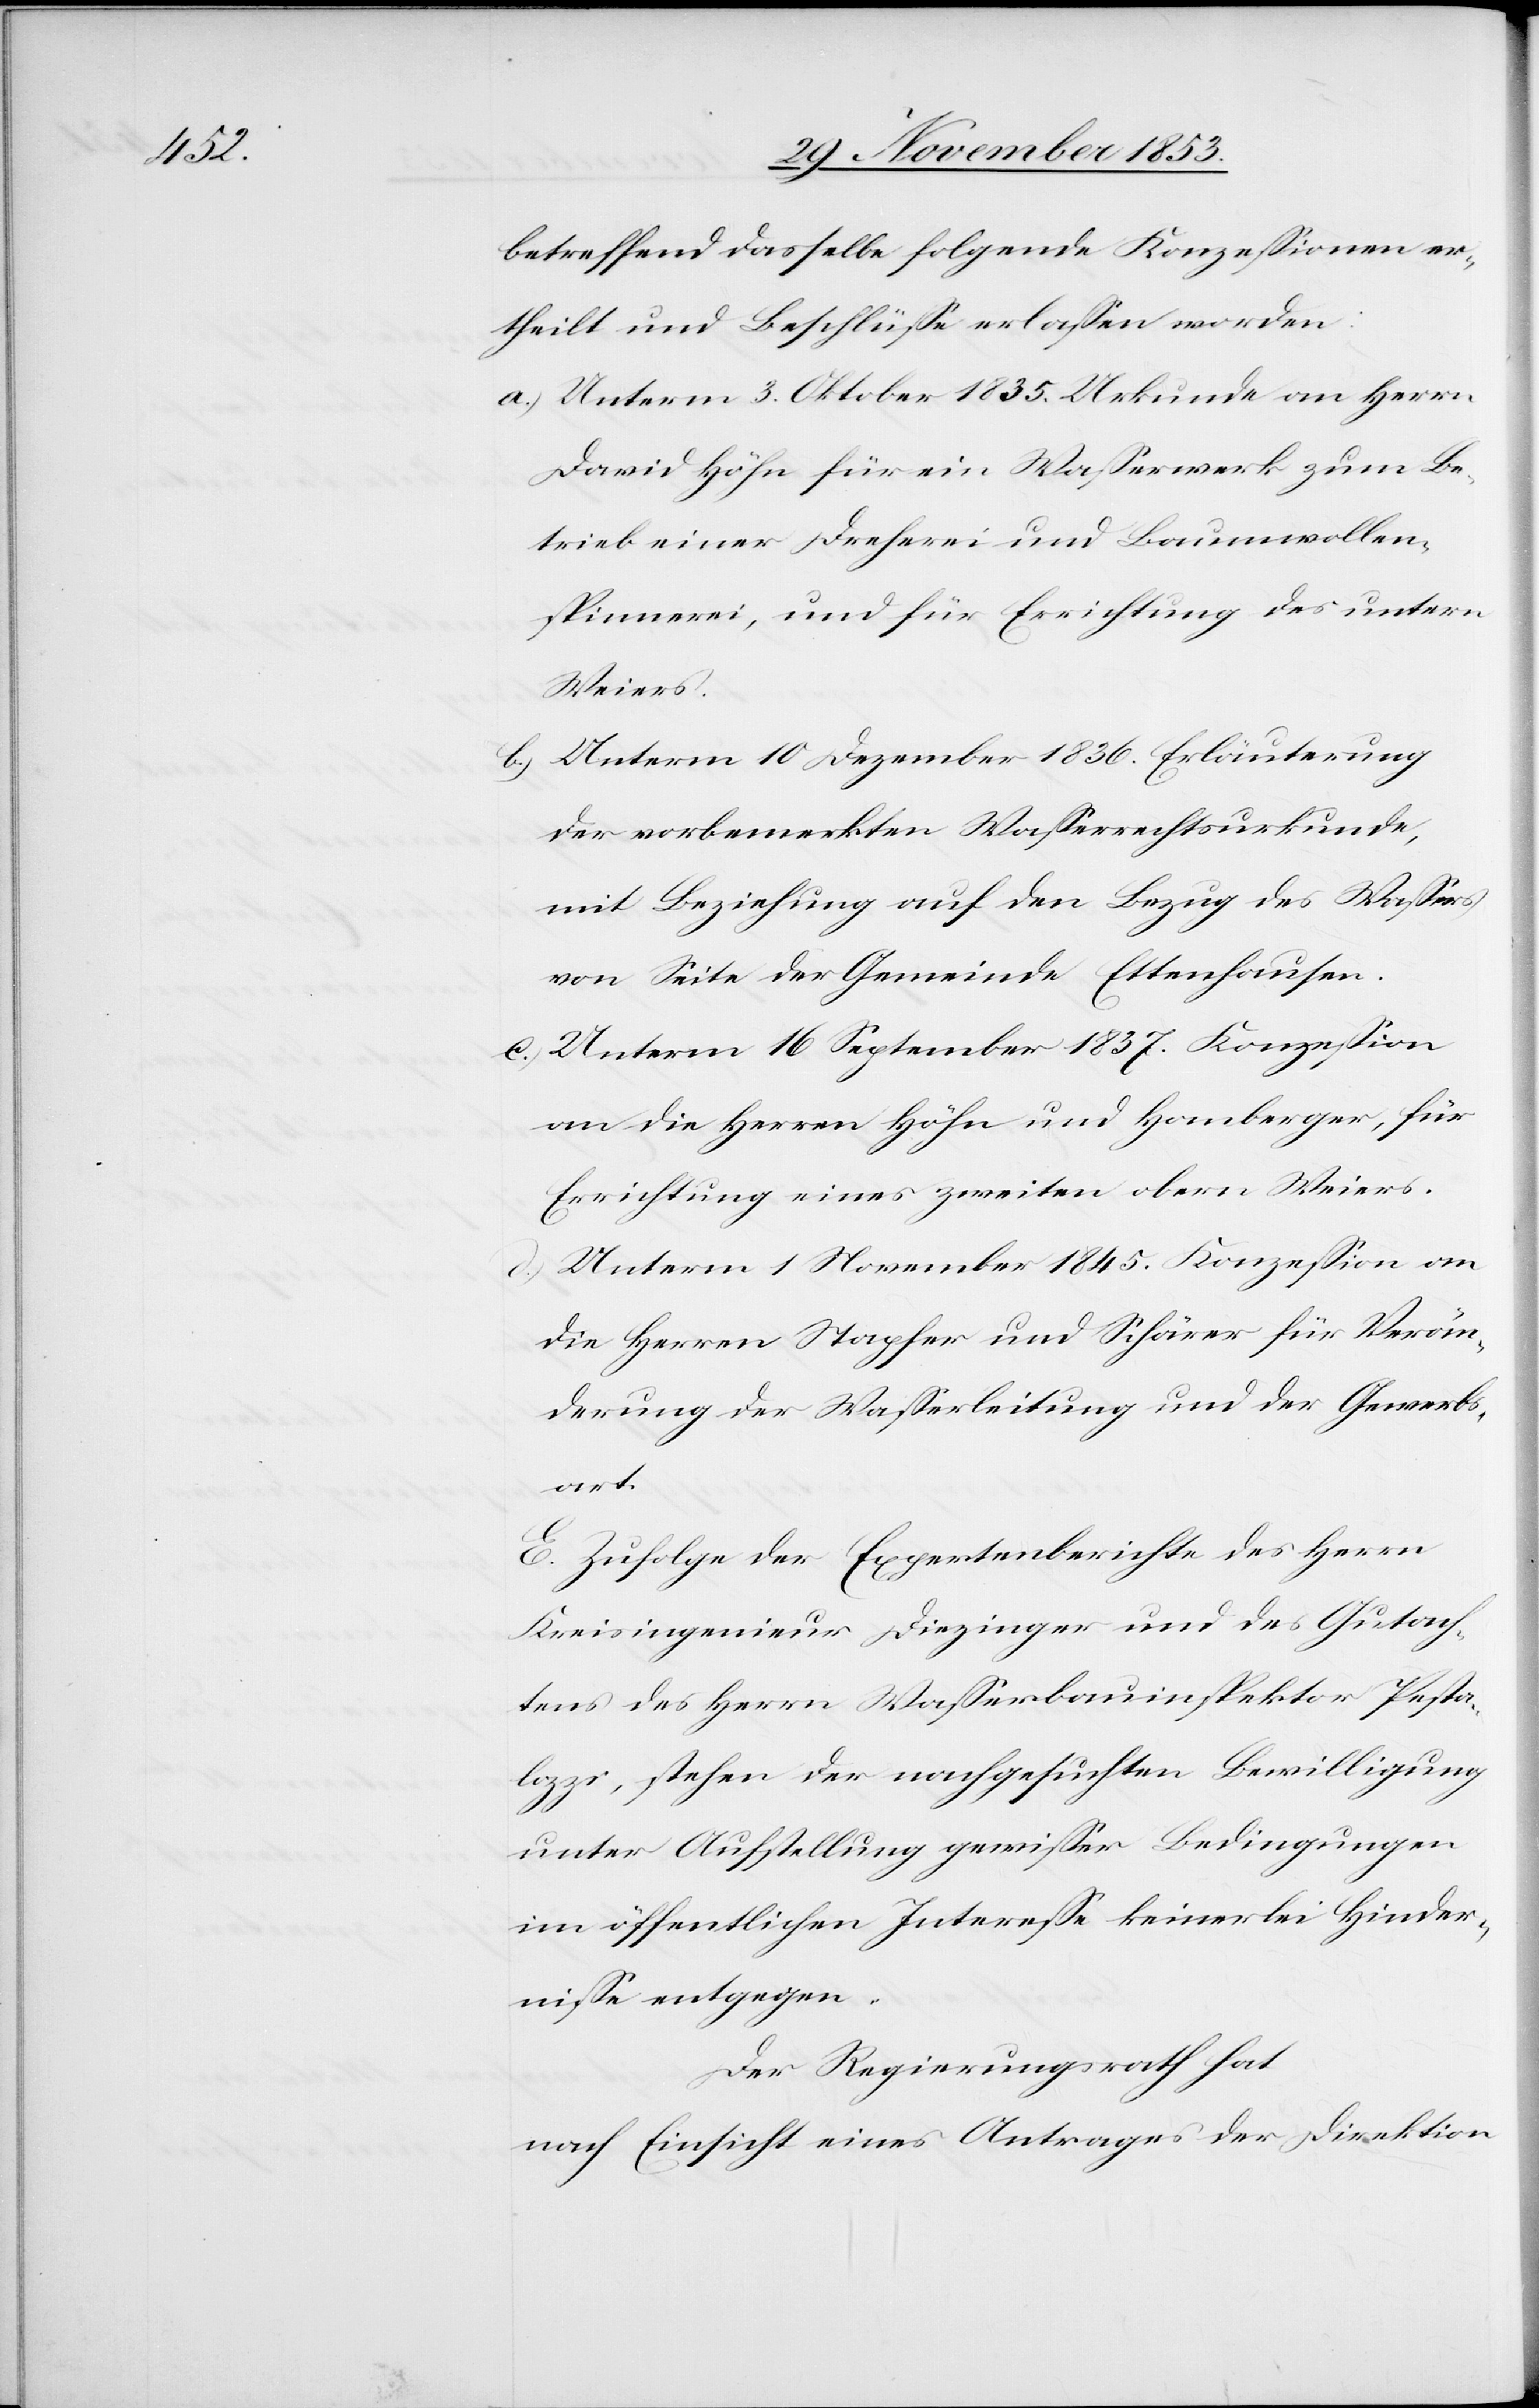
betreffend dasselbe folgende Konzeßionen er¬
theilt und Beschlüße erlaßen worden:
a) Unterm 3 Oktober 1835. Urkunde an Herrn
David Höhn für ein Waßerwerk zum Be¬
trieb einer Dreherei und Baumwollen¬
spinnerei, und für Errichtung des untern
Weiers.
b) Unterm 10 Dezember 1836. Erläuterung
der vorbemerkten Waßerrechtsurkunde,
mit Beziehung auf den Bezug des Waßers
von Seite der Gemeinde Ettenhausen.
c) Unterm 16 September 1837. Konzeßion
an die Herrn Höhn und Homberger, für
Errichtung eines zweiten obern Weiers.
d) Unterm 1 November 1845. Konzeßion an
die Herren Stapfer und Schärer für Verän¬
derung der Waßerleitung und der Gewerbs¬
art.
E. Zufolge der Expertenberichte des Herrn
Kreisingenieur Diezinger und des Gutach¬
tens des Herrn Waßerbauinspektor Pesta¬
lozzi, stehen der nachgesuchten Bewilligung
unter Aufstellung gewißer Bedingungen
im öffentlichen Intereße keinerlei Hinder¬
niße entgegen.
Der Regierungsrath hat
nach Einsicht eines Antrages der Direktion